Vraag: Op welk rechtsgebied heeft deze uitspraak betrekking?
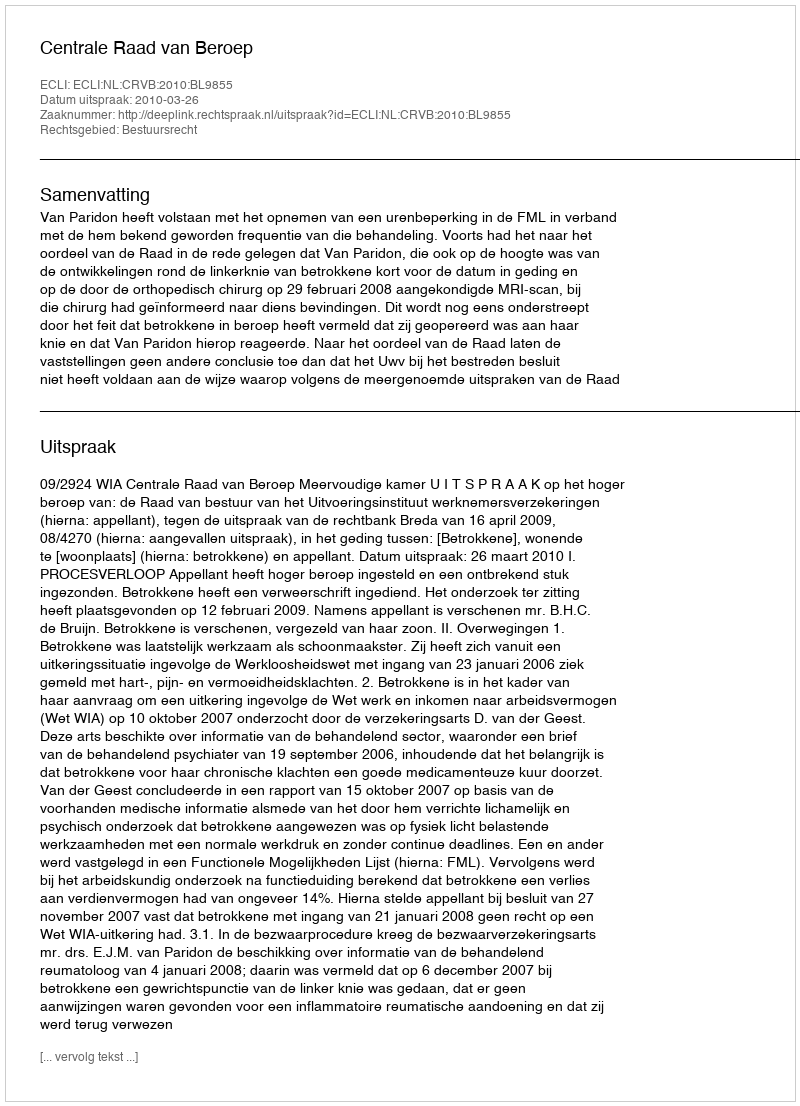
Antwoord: Bestuursrecht